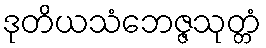
ဒုတိယသံဘေဇ္ဇသုတ္တံ